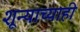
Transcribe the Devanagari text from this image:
शून्याच्याही